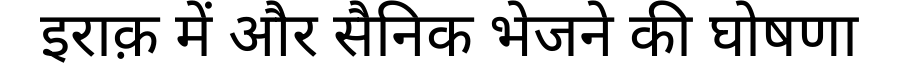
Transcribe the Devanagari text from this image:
इराक़ में और सैनिक भेजने की घोषणा